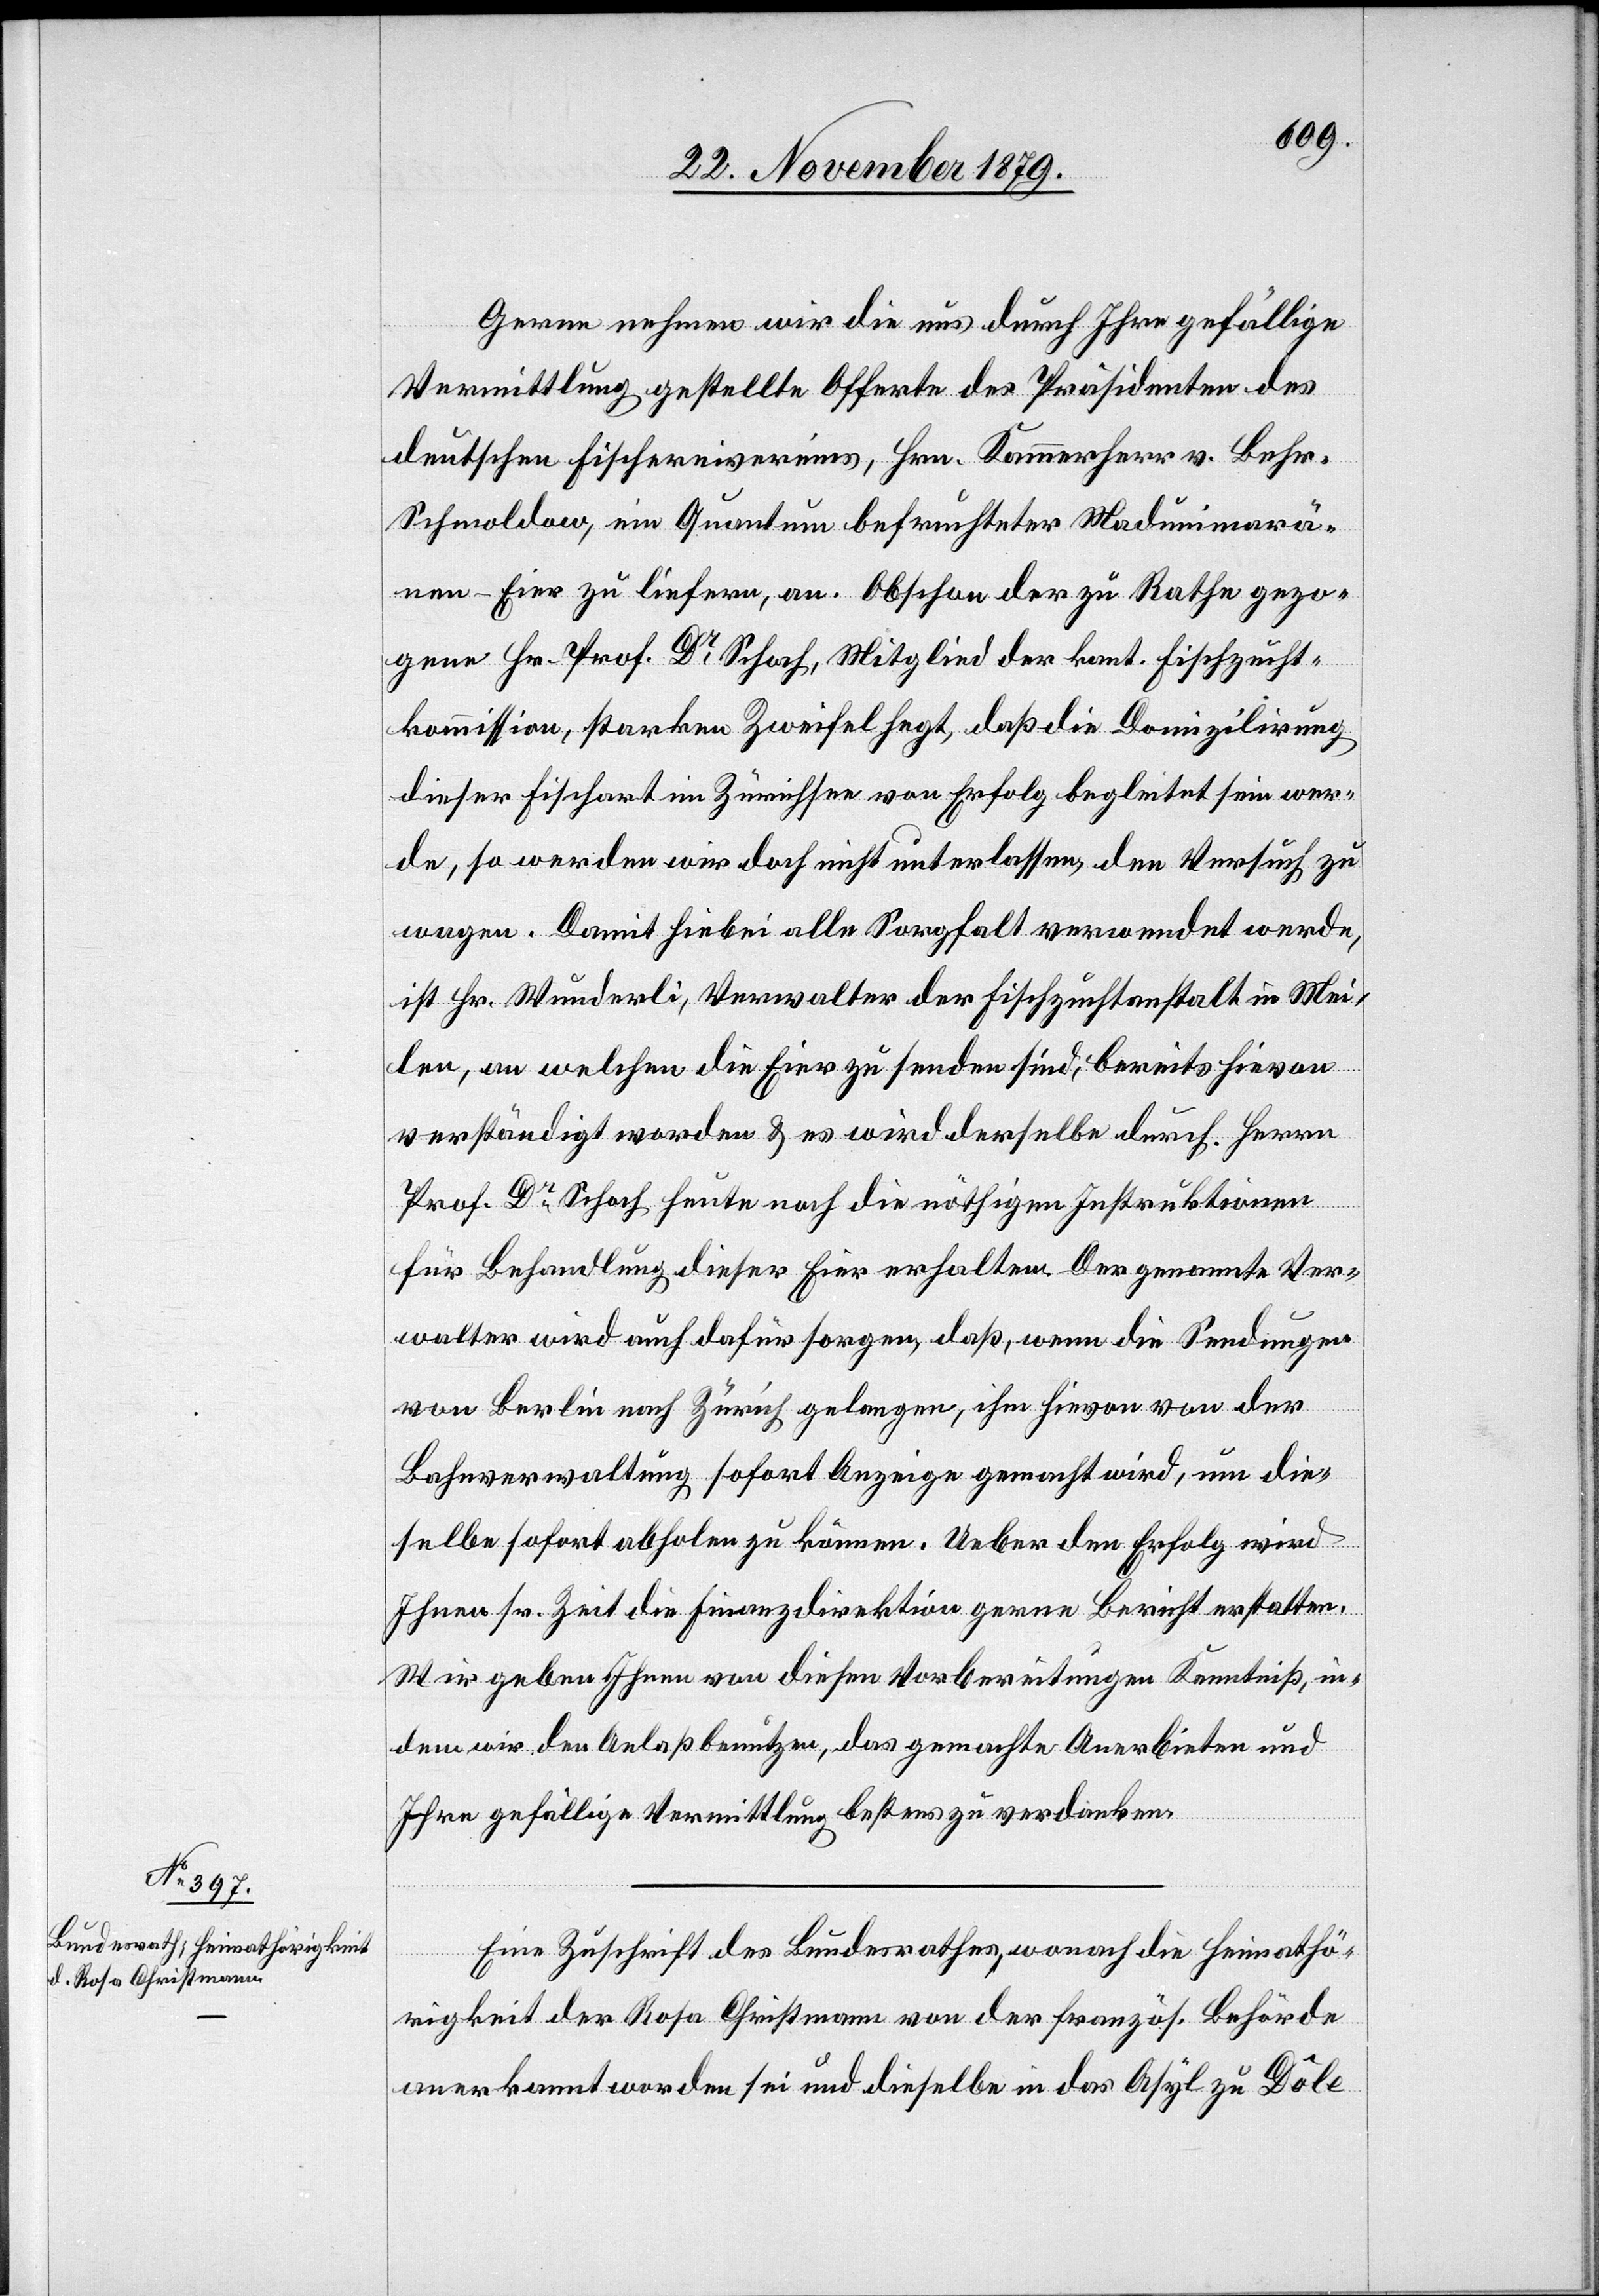
26. November 1879.]
Gerne nehmen wir die uns durch Ihre gefällige
Vermittlung gestellte Offerte des Präsidenten des
deutschen Fischereivereins, Hrn. Kammerherr v. Behr,
Schmoldow, ein Quantum befruchteter Madurimarä¬
nen-Eier zu liefern, an. Obschon der zu Rathe gezo¬
gene Hr. Prof. Dr Schoch, Mitglied der kant. Fischzucht¬
kommission, starken Zweifel hegt, daß die Domizilirung
dieser Fischart im Zürichsee von Erfolg begleitet sein wer¬
de, so werden wir doch nicht unterlassen, den Versuch zu
wagen. Damit hiebei alle Sorgfalt verwendet werde,
ist Hr. Wunderli, Verwalter der Fischzuchtanstalt in Mei¬
len, an welchen die Eier zu senden sind, bereits hievon
verständigt worden & es wird derselbe durch Herrn
Prof. Dr Schoch heute noch die nöthigen Instruktionen
für Behandlung dieser Eier erhalten. Der genannte Ver¬
walter wird auch dafür sorgen, daß, wenn die Sendungen
von Berlin nach Zürich gelangen, ihm hievon von der
Bahnverwaltung sofort Anzeige gemacht wird, um die¬
selben sofort abholen zu können. Ueber den Erfolg wird
Ihnen sr. Zeit die Finanzdirektion gerne Bericht erstatten.
Wir geben Ihnen von diesen Vorbereitungen Kenntniß, in¬
dem wir den Anlaß benutzen, das gemachte Anerbieten und
Ihre gefällige Vermittlung bestens zu verdanken.
Eine Zuschrift des Bundesrathes, wonach die Heimathö¬
rigkeit der Rosa Christmann von der französ. Behörde
anerkannt worden sei und dieselbe in das Asyl zu Dôle